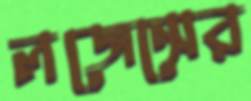
লজেন্সের